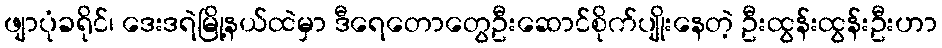
ဖျာပုံခရိုင်၊ ဒေးဒရဲမြို့နယ်ထဲမှာ ဒီရေတောတွေဦးဆောင်စိုက်ပျိုးနေတဲ့ ဦးထွန်းထွန်းဦးဟာ